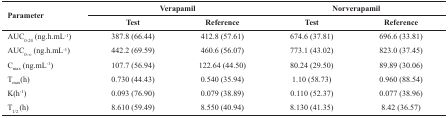
| <ROWSPAN=2> Parameter | <COLSPAN=2> Verapamil | <COLSPAN=2> Norverapamil |
 | Test | Reference | Test | Reference |
 | --- | --- | --- | --- | --- |
 | AUC0-24 (ng.h.mL-1) | 387.8 (66.44) | 412.8 (57.61) | 674.6 (37.81) | 696.6 (33.81) |
 | AUC0-∞ (ng.h.mL-1) | 442.2 (69.59) | 460.6 (56.07) | 773.1 (43.02) | 823.0 (37.45) |
 | Cmax (ng.mL-1) | 107.7 (56.94) | 122.64 (44.50) | 80.24 (29.50) | 89.89 (30.06) |
 | Tmax(h) | 0.730 (44.43) | 0.540 (35.94) | 1.10 (58.73) | 0.960 (88.54) |
 | K(h-1) | 0.093 (76.90) | 0.079 (38.89) | 0.110 (52.37) | 0.077 (38.96) |
 | T1/2 (h) | 8.610 (59.49) | 8.550 (40.94) | 8.130 (41.35) | 8.42 (36.57) |